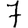
Digit: 7